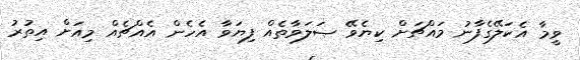
ވީމާ އެކަލޭގެފާނު މައްޗަށް ކިޔެވޭ ޞަލަވާތެއް ފިޔަވާ އެހެން އެއްޗެއް މިއަށް އިތުރު